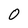
Character: O